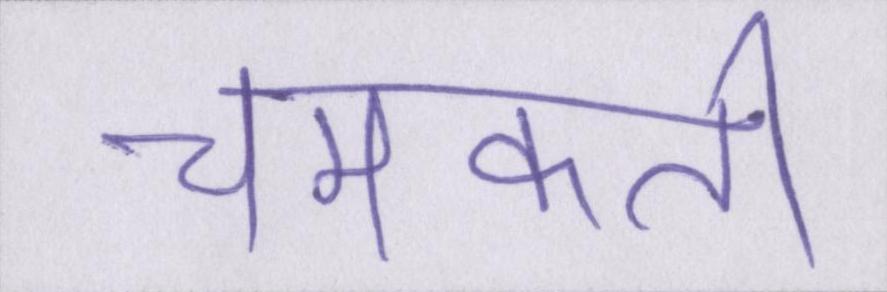
चमकती